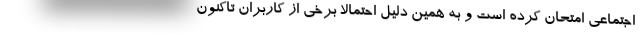
اجتماعی امتحان کرده است و به همین دلیل احتمالا برخی از کاربران تاکنون